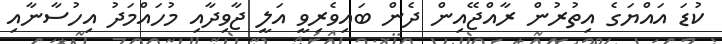
ކުޑަ އައްޔަގެ އިތުރުން ރާއްޖޭއިން ދެން ބައިވެރިވީ އަލީ ޖާވިދާއި މުހައްމަދު އިހުސާނާއި